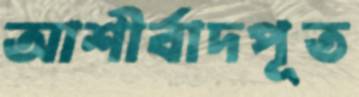
আশীর্বাদপূত